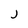
Character: j